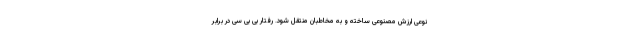
نوعی ارزش مصنوعی ساخته و به مخاطبان منتقل شود. رفتار بی بی سی در برابر